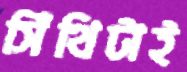
সিঁথিটাই